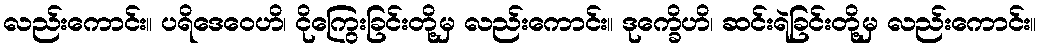
လည်းကောင်း။ ပရိဒေဝေဟိ၊ ငိုကြွေးခြင်းတို့မှ လည်းကောင်း။ ဒုက္ခေိဟိ၊ ဆင်းရဲခြင်းတို့မှ လည်းကောင်း။